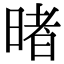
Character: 暏